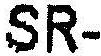
SR-